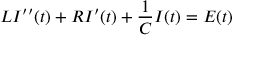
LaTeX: L I ^ { \prime \prime } ( t ) + R I ^ { \prime } ( t ) + { \frac { 1 } { C } } I ( t ) = E ( t )